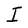
Character: I